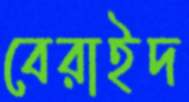
বেরাইদ